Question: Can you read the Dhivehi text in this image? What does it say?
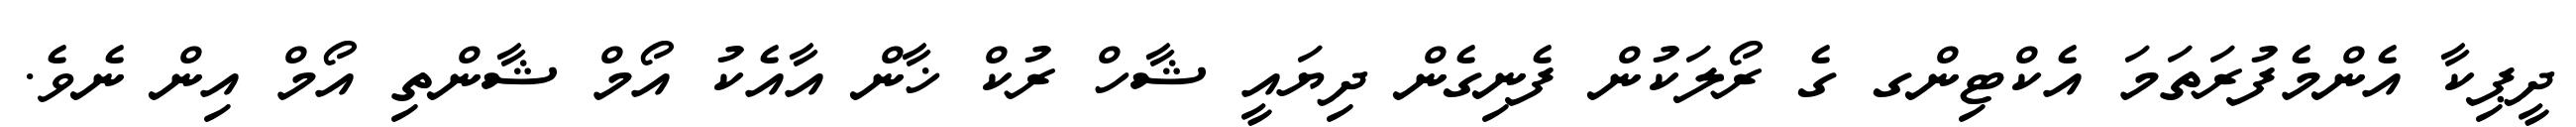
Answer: ދީޕިކާ އެންމެފުރަތަމަ އެކްޓިންގ ގެ ރޯލަކުން ފެނިގެން ދިޔައީ ޝާހް ރުކް ޚާން އާއެކު އޯމް ޝާންތި އޯމް އިން ނެވެ.